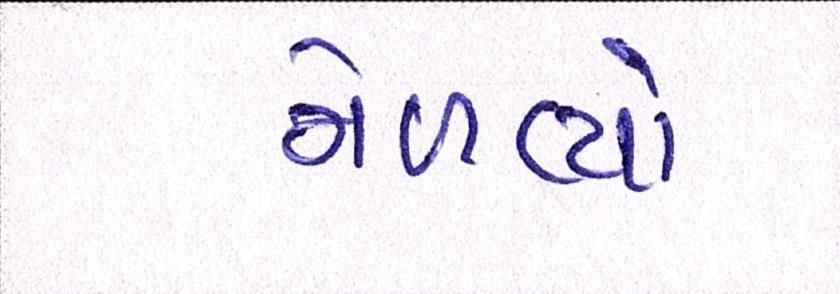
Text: મેળવ્યો